Scientific memoirs by medical officers of the Army of India - Part VI,
Year: 1891
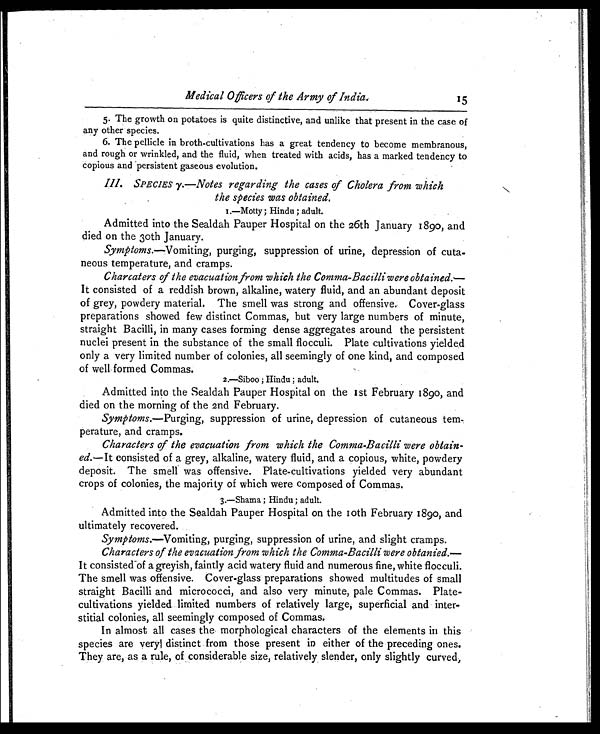
Medical Officers of the Army of India.
5. The growth on potatoes is quite distinctive, and unlike that present in the case of
any other species.
6. The pellicle in broth-cultivations has a great tendency to become membranous,
and rough or wrinkled, and the fluid, when treated with acids, has a marked tendency to
copious and persistent gaseous evolution.
III. SPECIES y.—Notes regarding the cases of Cholera from which
the species was obtained.
1.—Motty; Hindu; adult.
Admitted into the Sealdah Pauper Hospital on the 26th January 189o, and
died on the 30th January.
Symptoms.—Vomiting, purging, suppression of urine, depression of cuta
- neous temperature, and cramps.
Charcalers of the evacuation from which the Comma-Bacilli were obtained.—
It consisted of a reddish brown, alkaline, watery fluid, and an abundant deposit
of grey, powdery material. The smell was strong and offensive. Cover-glass
preparations showed few distinct Commas, but very large numbers of minute,
straight Bacilli, in many cases forming dense aggregates around the persistent
nuclei present in the substance of the small flocculi. Plate cultivations yielded
only a very limited number of colonies, all seemingly of one kind, and composed
of well formed Commas.
2.-Siboo; Hindu ; adult.
Admitted into the Sealdah Pauper Hospital on the 1st February 1890, and
died on the morning of the 2nd February.
Symptoms.— Purging, suppression of urine, depression of cutaneous tern-
perature, and cramps.
Characters of the evacuation from which the Comma-Bacilli were obtain-
ed.— It consisted of a grey, alkaline, watery fluid, and a copious, white, powdery
deposit. The smell was offensive. Plate-cultivations yielded very abundant
crops of colonies, the majority of which were composed of Commas.
3.—Shama; Hindu; adult.
Admitted into the Sealdah Pauper Hospital on the 10th February 1890, and
ultimately recovered.
Symptoms.—Vomiting, purging, suppression of urine, and slight cramps.
Characters of the evacuation from which the Comma-Bacilli were obtanied.—
It consisted -of a greyish, faintly acid watery fluid and numerous fine, white flocculi.
The smell was offensive. Cover-glass preparations showed multitudes of small
straight Bacilli and micrococci, and also very minute, pale Commas. Plate-
cultivations yielded limited numbers of relatively large, superficial and inter-
- s t i t i a l c o l o n i e s , a l l s e e m i n g l y c o m p o s e d o f C o m m a s .
In almost all cases the morphological characters of the elements in this
species are very distinct from those present in either of the preceding ones.
They are, as a rule, of considerable size, relatively slender, only slightly curved,
15